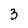
Character: 3